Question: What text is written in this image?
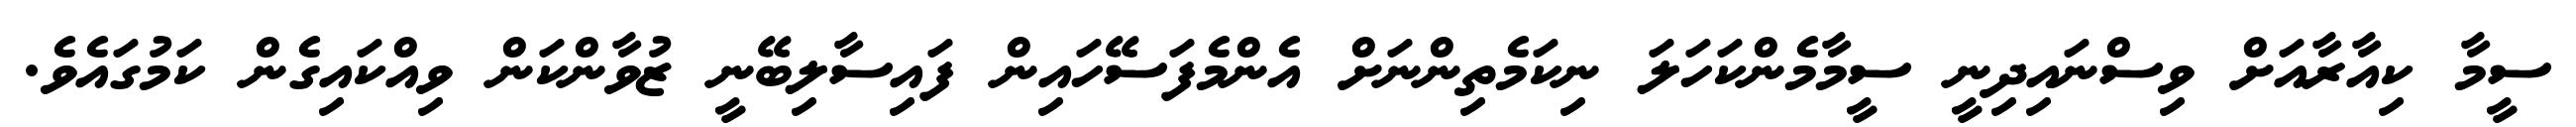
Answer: ސީމާ ކިއާރާއަށް ވިސްނައިދިނީ ސީމާމެންކަހަލަ ނިކަމެތިންނަށް އެންމެފަސޭހައިން ފައިސާލިބޭނީ ޒުވާންކަން ވިއްކައިގެން ކަމުގައެވެ.